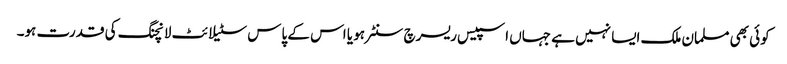
کوئی بھی مسلمان ملک ایسا نہیں ہے جہاں اسپیس ریسرچ سنٹر ہو یا اس کے پاس سٹیلائٹ لانچنگ کی قدرت ہو۔